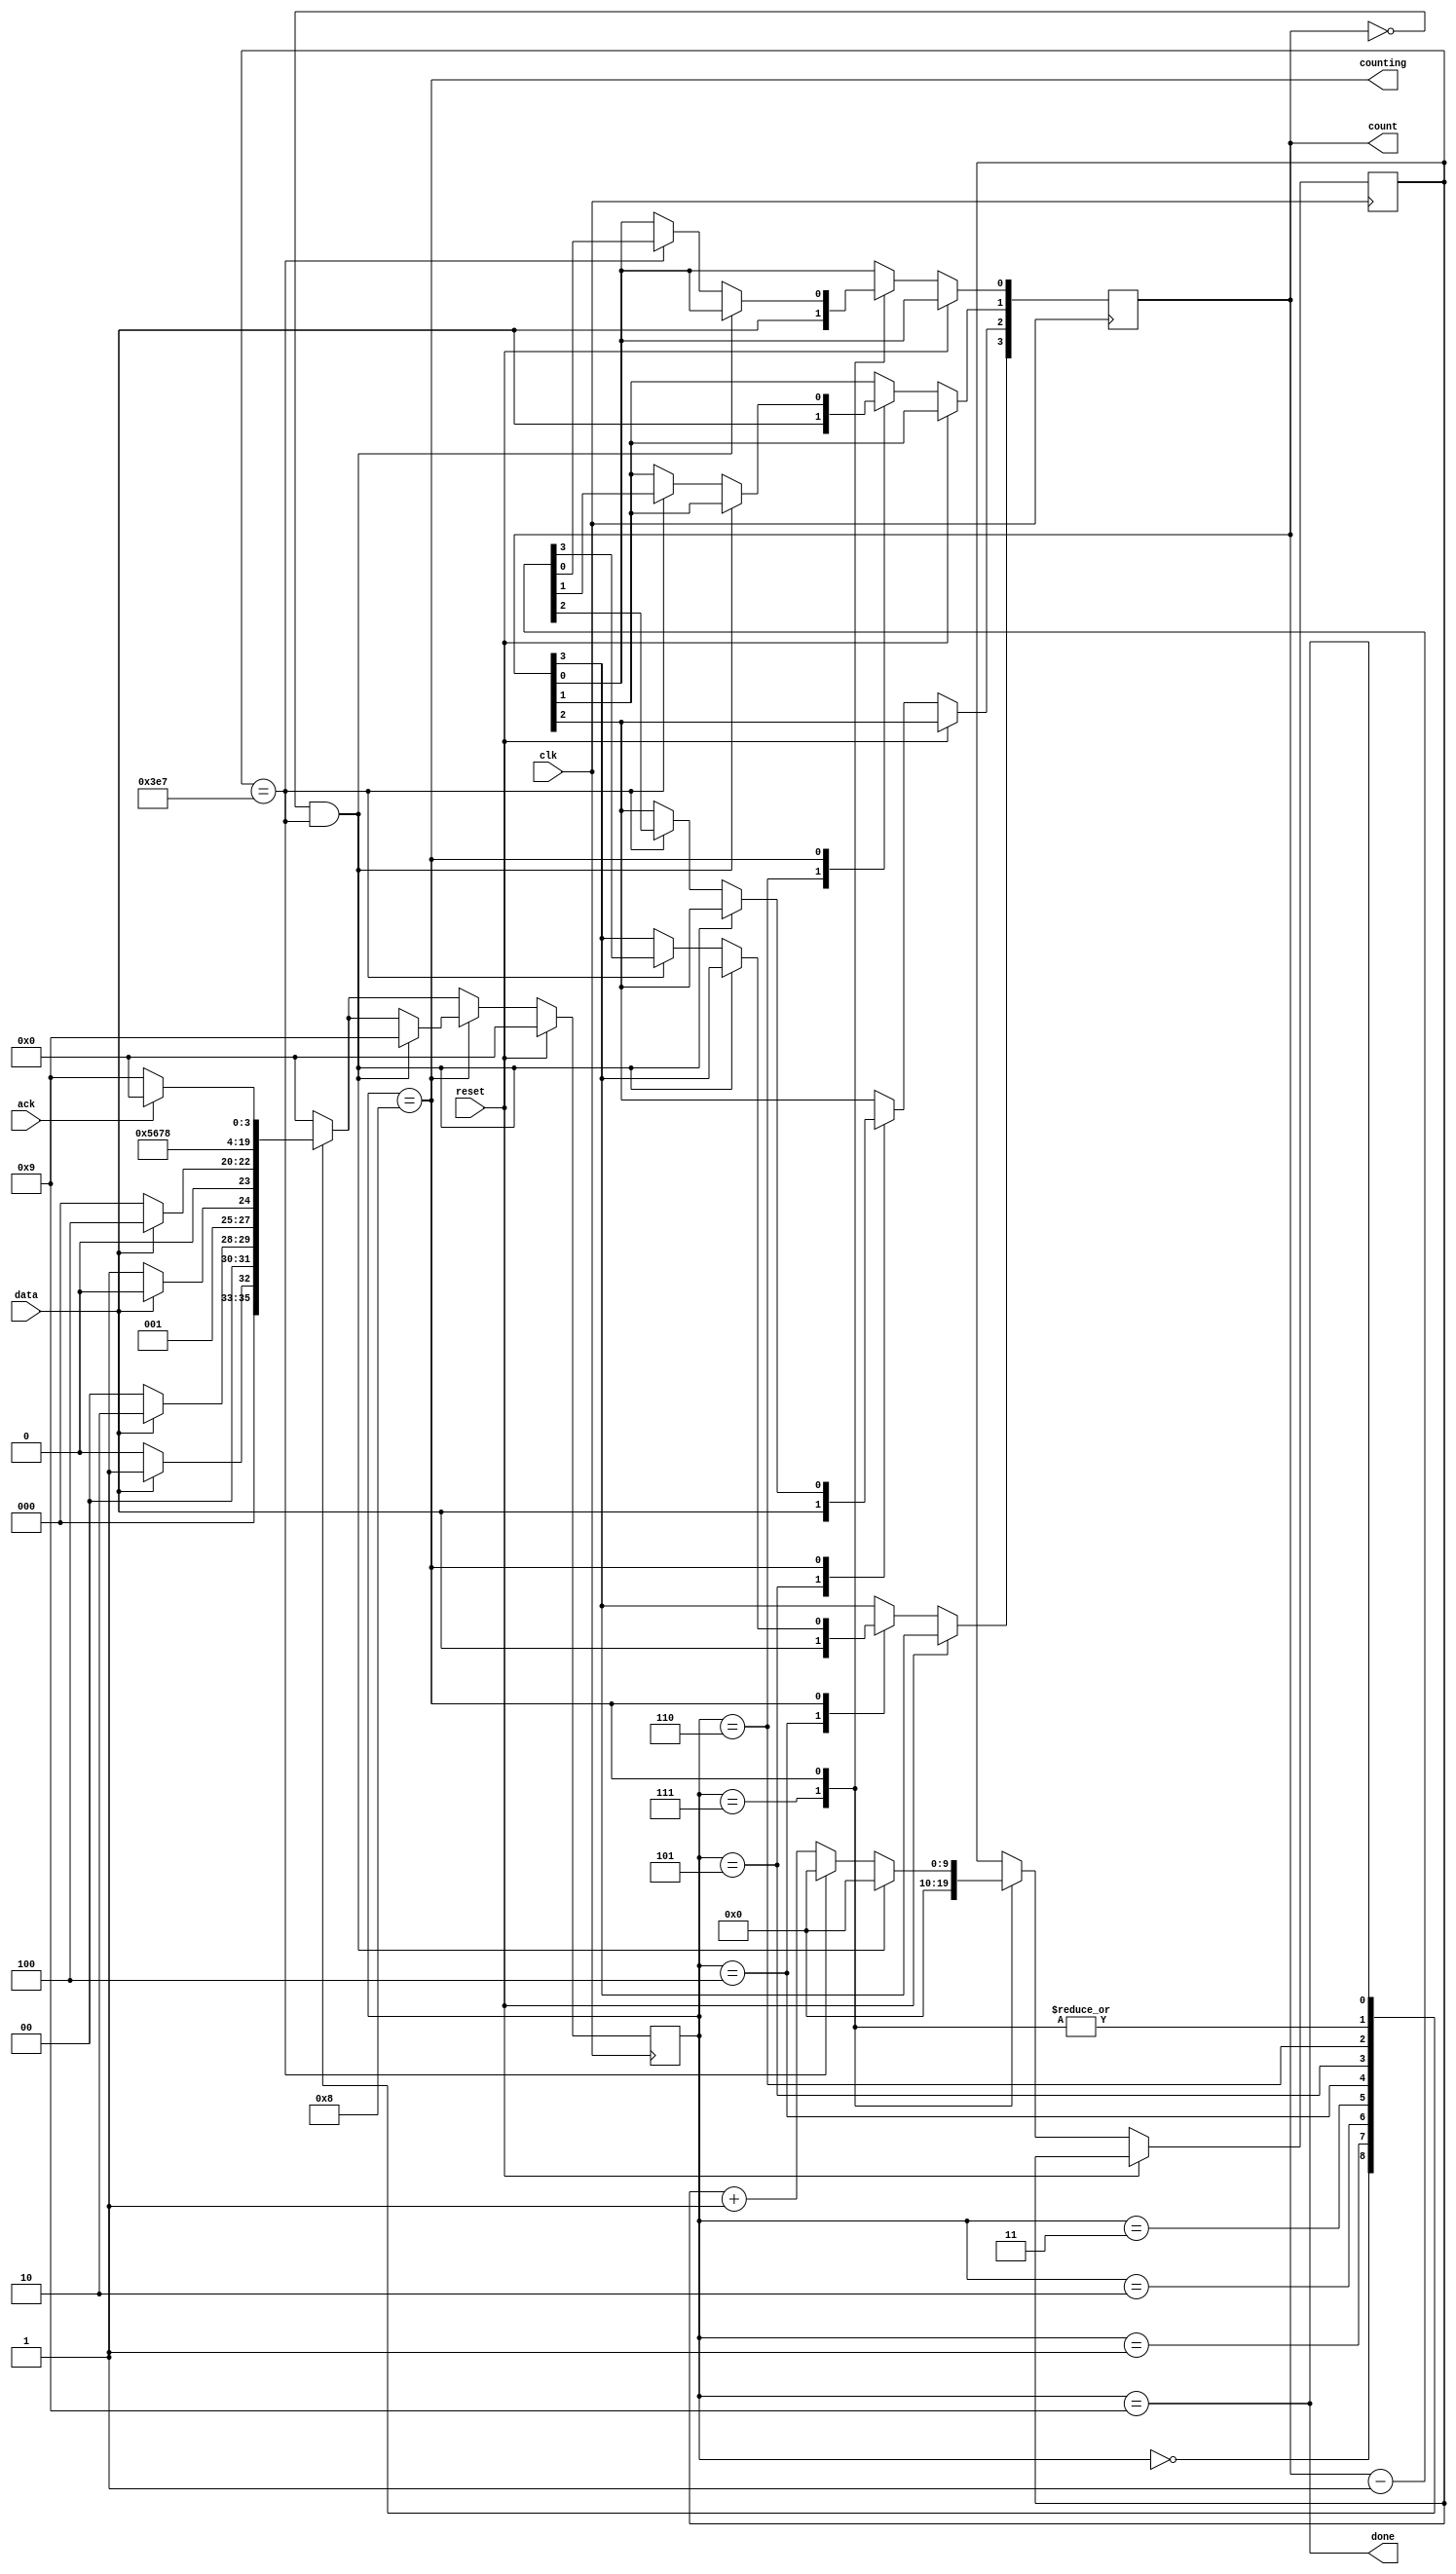
module top_module (
    input clk,
    input reset,      // Synchronous reset
    input data,
    output [3:0] count,
    output counting,
    output done,
    input ack );
    
    reg [3:0] state, next_state;
    reg [3:0] cnt;
    reg [9:0] clk_cnt;	// count clk from 0~999
    
    always @(*) begin
        case(state)
            4'h0:	next_state = data? 4'h1 : 4'h0;
            4'h1:	next_state = data? 4'h2 : 4'h0;
            4'h2:	next_state = data? 4'h2 : 4'h3;
            4'h3:	next_state = data? 4'h4 : 4'h0;
            4'h4:	next_state = 4'h5;
            4'h5:	next_state = 4'h6;
            4'h6:	next_state = 4'h7;
            4'h7:	next_state = 4'h8;
            4'h8:	next_state = 4'h8;
            4'h9:	next_state = ack? 4'h0 : 4'h9;
            default:	next_state = 4'h0;
        endcase
    end
    
    always @(posedge clk) begin
        if(reset)
            state <= 4'h0;
        else begin
            state <= next_state;
            case(state)
                4'h4:	cnt[3] <= data;
                4'h5:	cnt[2] <= data;
                4'h6:	cnt[1] <= data;
                4'h7: begin
                    cnt[0] <= data;
                    clk_cnt <= 10'd0;
                end
                4'h8: begin
                    if(cnt == 4'h0 && clk_cnt == 10'd999) begin
                        clk_cnt <= 10'd0;
                        state <= 4'h9;
                    end
                    else if(clk_cnt == 10'd999) begin
                        clk_cnt <= 10'd0;
                        cnt <= cnt - 4'h1;
                    end
                    else
                        clk_cnt <= clk_cnt + 10'd1;
                end
            endcase
        end
    end
    
    assign count = cnt;
    assign counting = (state == 4'h8);
    assign done = (state == 4'h9);
        
endmodule